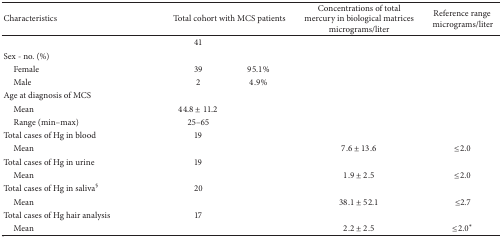
<table><thead><tr><td><b>Characteristics</b></td><td colspan="2"><b>Total cohort with MCS patients</b></td><td><b>Concentrations of total mercury in biological matrices micrograms/liter</b></td><td><b>Reference range micrograms/liter</b></td></tr></thead><tbody><tr><td> </td><td>41</td><td> </td><td> </td><td> </td></tr><tr><td>Sex - no. (%)</td><td> </td><td> </td><td> </td><td> </td></tr><tr><td> Female</td><td>39</td><td>95.1%</td><td> </td><td> </td></tr><tr><td> Male</td><td>2</td><td>4.9%</td><td> </td><td> </td></tr><tr><td>Age at diagnosis of MCS</td><td> </td><td> </td><td> </td><td> </td></tr><tr><td> Mean</td><td>44.8 ± 11.2</td><td> </td><td> </td><td> </td></tr><tr><td> Range (min–max)</td><td>25–65</td><td> </td><td> </td><td> </td></tr><tr><td>Total cases of Hg in blood</td><td>19</td><td> </td><td> </td><td> </td></tr><tr><td> Mean</td><td> </td><td> </td><td>7.6 ± 13.6</td><td>≤2.0</td></tr><tr><td>Total cases of Hg in urine</td><td>19</td><td> </td><td> </td><td> </td></tr><tr><td> Mean</td><td> </td><td> </td><td>1.9 ± 2.5</td><td>≤2.0</td></tr><tr><td>Total cases of Hg in saliva<sup>§</sup></td><td>20</td><td> </td><td> </td><td> </td></tr><tr><td> Mean</td><td> </td><td> </td><td>38.1 ± 52.1</td><td>≤2.7</td></tr><tr><td>Total cases of Hg hair analysis</td><td>17</td><td> </td><td> </td><td> </td></tr><tr><td> Mean</td><td> </td><td> </td><td>2.2 ± 2.5</td><td>≤2.0*</td></tr></tbody></table>